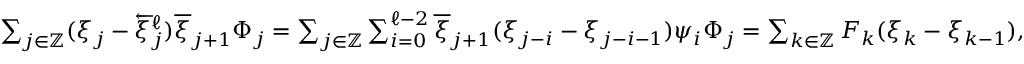
\begin{array} { r } { \sum _ { j \in \mathbb { Z } } ( \xi _ { j } - \overleftarrow { \xi } _ { j } ^ { \ell } ) \overline { { \xi } } _ { j + 1 } \Phi _ { j } = \sum _ { j \in \mathbb { Z } } \sum _ { i = 0 } ^ { \ell - 2 } \overline { { \xi } } _ { j + 1 } ( \xi _ { j - i } - \xi _ { j - i - 1 } ) \psi _ { i } \Phi _ { j } = \sum _ { k \in \mathbb { Z } } F _ { k } ( \xi _ { k } - \xi _ { k - 1 } ) , } \end{array}